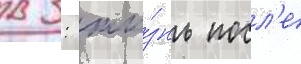
в 3: жи́знь посл'е